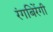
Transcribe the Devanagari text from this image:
रंगबिरेंगी